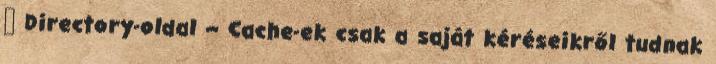
● Directory-oldal – Cache-ek csak a saját kéréseikről tudnak